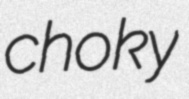
choky